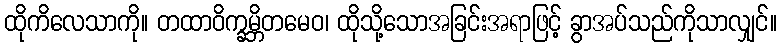
ထိုကိလေသာကို။ တထာဝိက္ခမ္ဘိတမေဝ၊ ထိုသို့သောအခြင်းအရာဖြင့် ခွာအပ်သည်ကိုသာလျှင်။